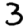
Digit: 3